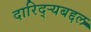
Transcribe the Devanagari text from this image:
दारिद्‌र्‍यबद्दल